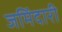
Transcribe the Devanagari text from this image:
जमिंदारी